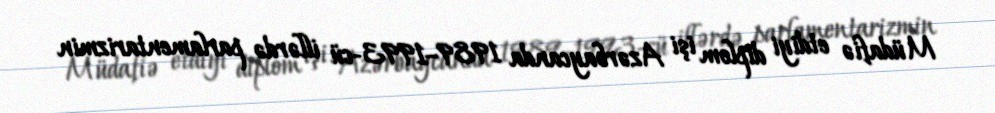
Müdafiə etdiyi diplom işi Azərbaycanda 1989–1993-cü illərdə parlamentarizmin